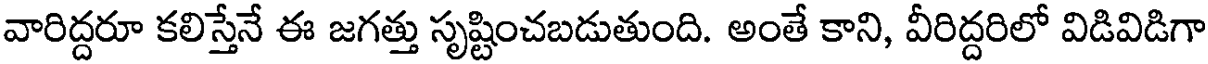
వారిద్దరూ కలిస్తేనే ఈ జగత్తు సృష్టించబడుతుంది. అంతే కాని, వీరిద్దరిలో విడివిడిగా